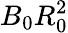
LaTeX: B_{0}R_{0}^{2}